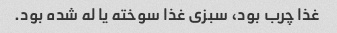
غذا چرب بود، سبزی غذا سوخته یا له شده بود.